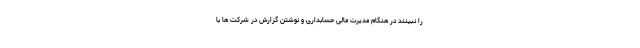
را نبینند در هنگام مدیرت مالی حسابداری و نوشتن گزارش در شرکت ها با